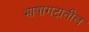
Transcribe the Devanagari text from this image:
भाषागटातील